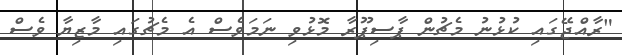
"ރާއްޖޭގައި ކުޅުނު މެޗުން ޕާސިޕޫރާ މޮޅުވި ނަމަވެސް އެ މެޗުގައި މާޒިޔާ ވެސް